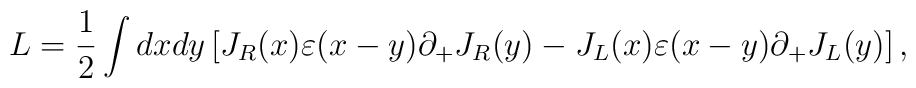
L=\frac{1}{2}\int dxdy\left[ J_{R}(x)\varepsilon (x-y)\partial_{+}J_{R}(y)-J_{L}(x)\varepsilon (x-y)\partial _{+}J_{L}(y)\right],